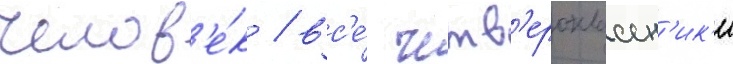
челов'е́к / вс'е́ четв'ероклассн'ик'и